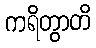
ကရိတွာတိ